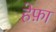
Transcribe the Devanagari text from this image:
हेफ़ा